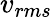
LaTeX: v_{rms}